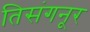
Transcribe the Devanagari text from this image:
तिसंगनूर